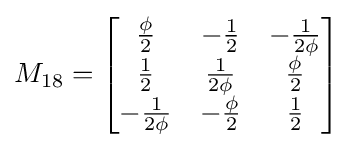
M_{18}={\begin{bmatrix}{\frac {\phi }{2}}&-{\frac {1}{2}}&-{\frac {1}{2\phi }}\\{\frac {1}{2}}&{\frac {1}{2\phi }}&{\frac {\phi }{2}}\\-{\frac {1}{2\phi }}&-{\frac {\phi }{2}}&{\frac {1}{2}}\end{bmatrix}}